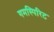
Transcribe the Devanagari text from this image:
गमस्पिरिट